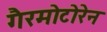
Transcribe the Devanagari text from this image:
गैरमोटोरेन